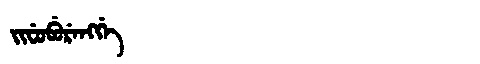
Manchu: ᠵᡳᠸᡠᠪᡠᡵᡝᠩᡤᡝ
Romanization: JIFUBURENGGE